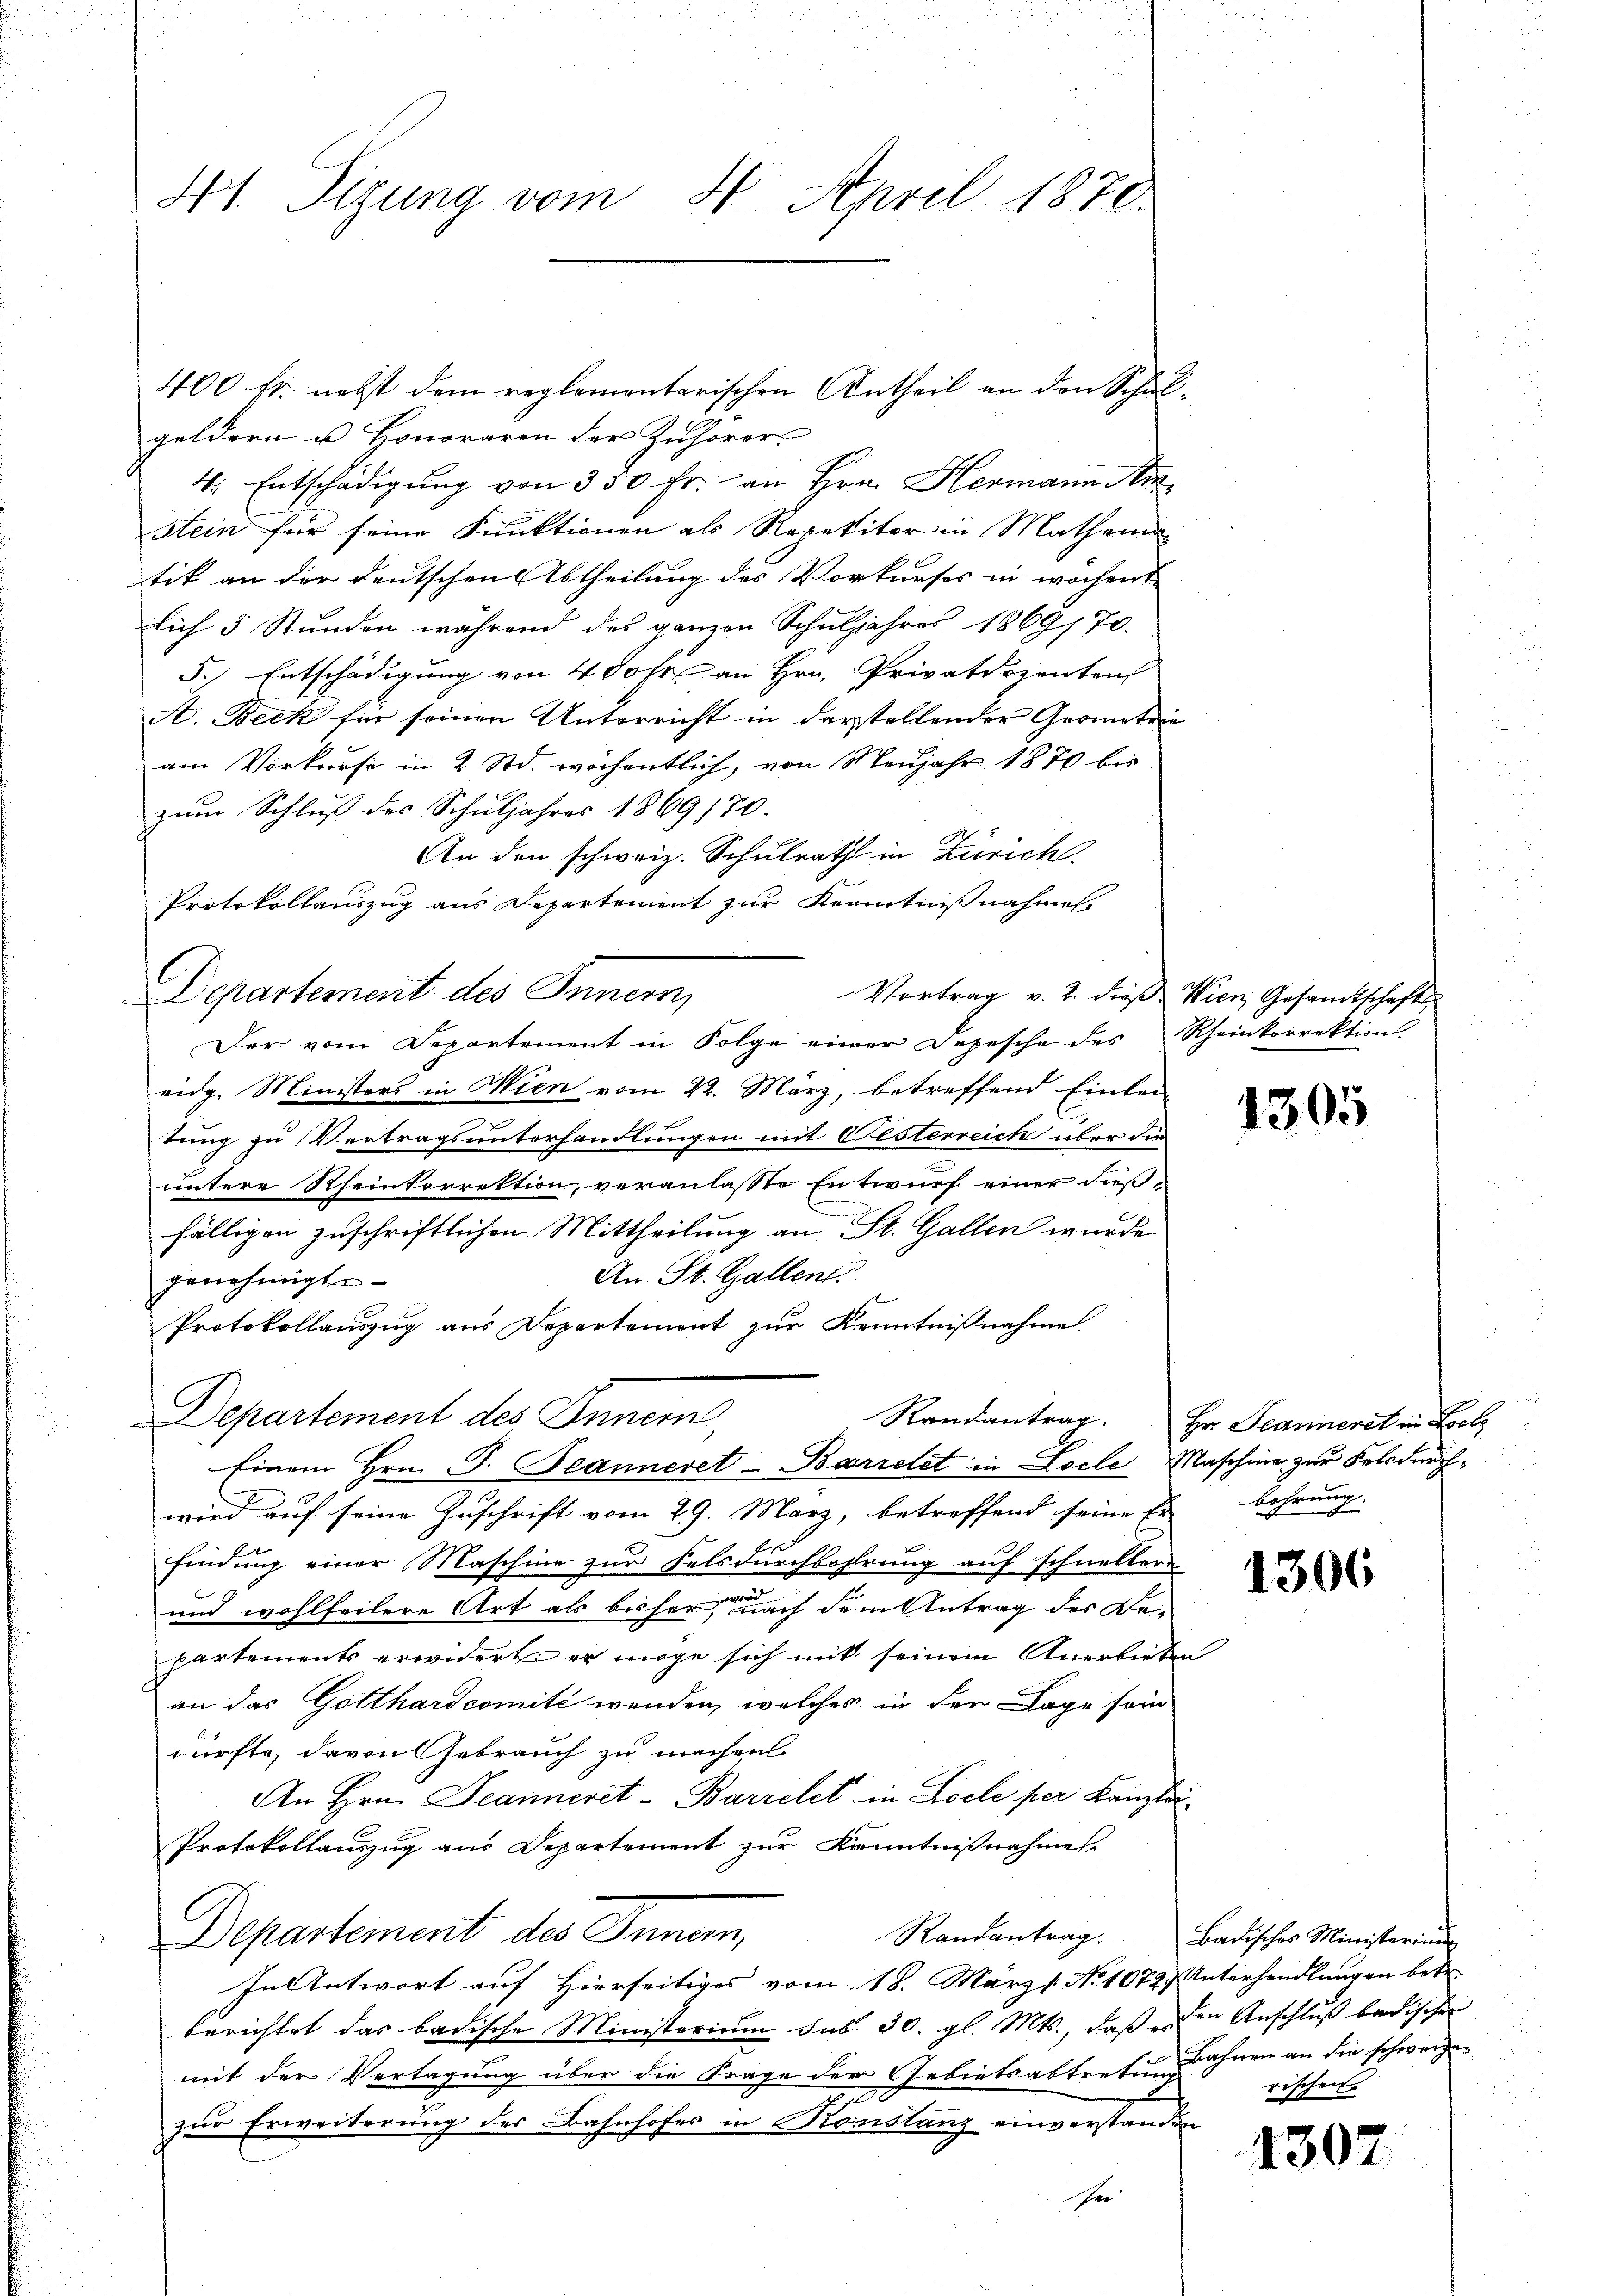
41. Sizung vom 4. April 1870.

400 fr. nebst dem reglementarischen Antheil an den Schulgeldern u. Honoraren der Zuhörer
4. Entschädigung von 350 Fr. an Hrn. Hermann Mar
stein für seine Funktionen als Repetitor in Mathema
tik an der Deutschen Abtheilung des Vorkurses in wöchent
lich 5 Stunden während des ganzen Schŭljahres 1869, 70.
5.) Entschädigung von 400 fr. an Hrn. Privatdozenten
A. Beck für seinen Unterricht in darstellender Geometrie
am Vorkurse in 2 Std. wöchentlich, von Neujahr 1870 bis
zum Schluß des Schuljahres 1869 170.
An den schweiz. Schulrath in Zürich
Protokollauszug aus Departement zur Kenntnißnahmes
Departement des Innern
Vortrag v. 2. dieß Wien Gesandtschafts¬
Der vom Departement in Folge einer Depesche des Rheinkorrektion.
eidg. Ministers in Wien vom 22. März, betreffend Einlei
tung zu Vertragsunterhandlungen mit Oesterreich über die
untere Rheinkorrektion, veranlasste Entwurf einer dießfälligen zuschriftlichen Mittheilung an St. Gallen wurde
An St. Gallent
genehmigt.
Protokollauszug aus Departement zur Kenntnißnahme.
Departement des Innern,
Randantrag. Hr. Jeanneret in Lool
Einem Hrn. P. Peanneret - Barrelet in Loele Maschine zur Felsdurchwird auf seine Zuschrift vom 29. März, betreffend seine Er behrung
findung einer Maschine zur Felsdurchbohrung auf schneller
und wohlfeilere Art als bisher, nach dem Antrag des Be-
partements erwiderte er möge sich mit seinem Anerbieten
an das Gotthardcomité wenden, welches in der Lage sein
dürfte, davon Gebrauch zu machen.
An Hrn. Jeanneret - Barrelet in Locle per Kanzlei¬
Protokollauszug aus Departement zur Kenntnißnahme
Departement des Innern,
Randantrag. Badisches Ministerium
In Antwort auf Hierseitiges vom 18. März v. No 1072) Unterhandlungen betr.
berichtet das badische Ministerium sub. 30. gl. Mts., daß den Anschluß badischen
mit der Vertagung über die Frage der Gebietsabtretung
1
zur Erweiterung der Bahnhofes in Horstanz einverstanden
see

1305

1306

Bahnen an die schweizerischen

1307.